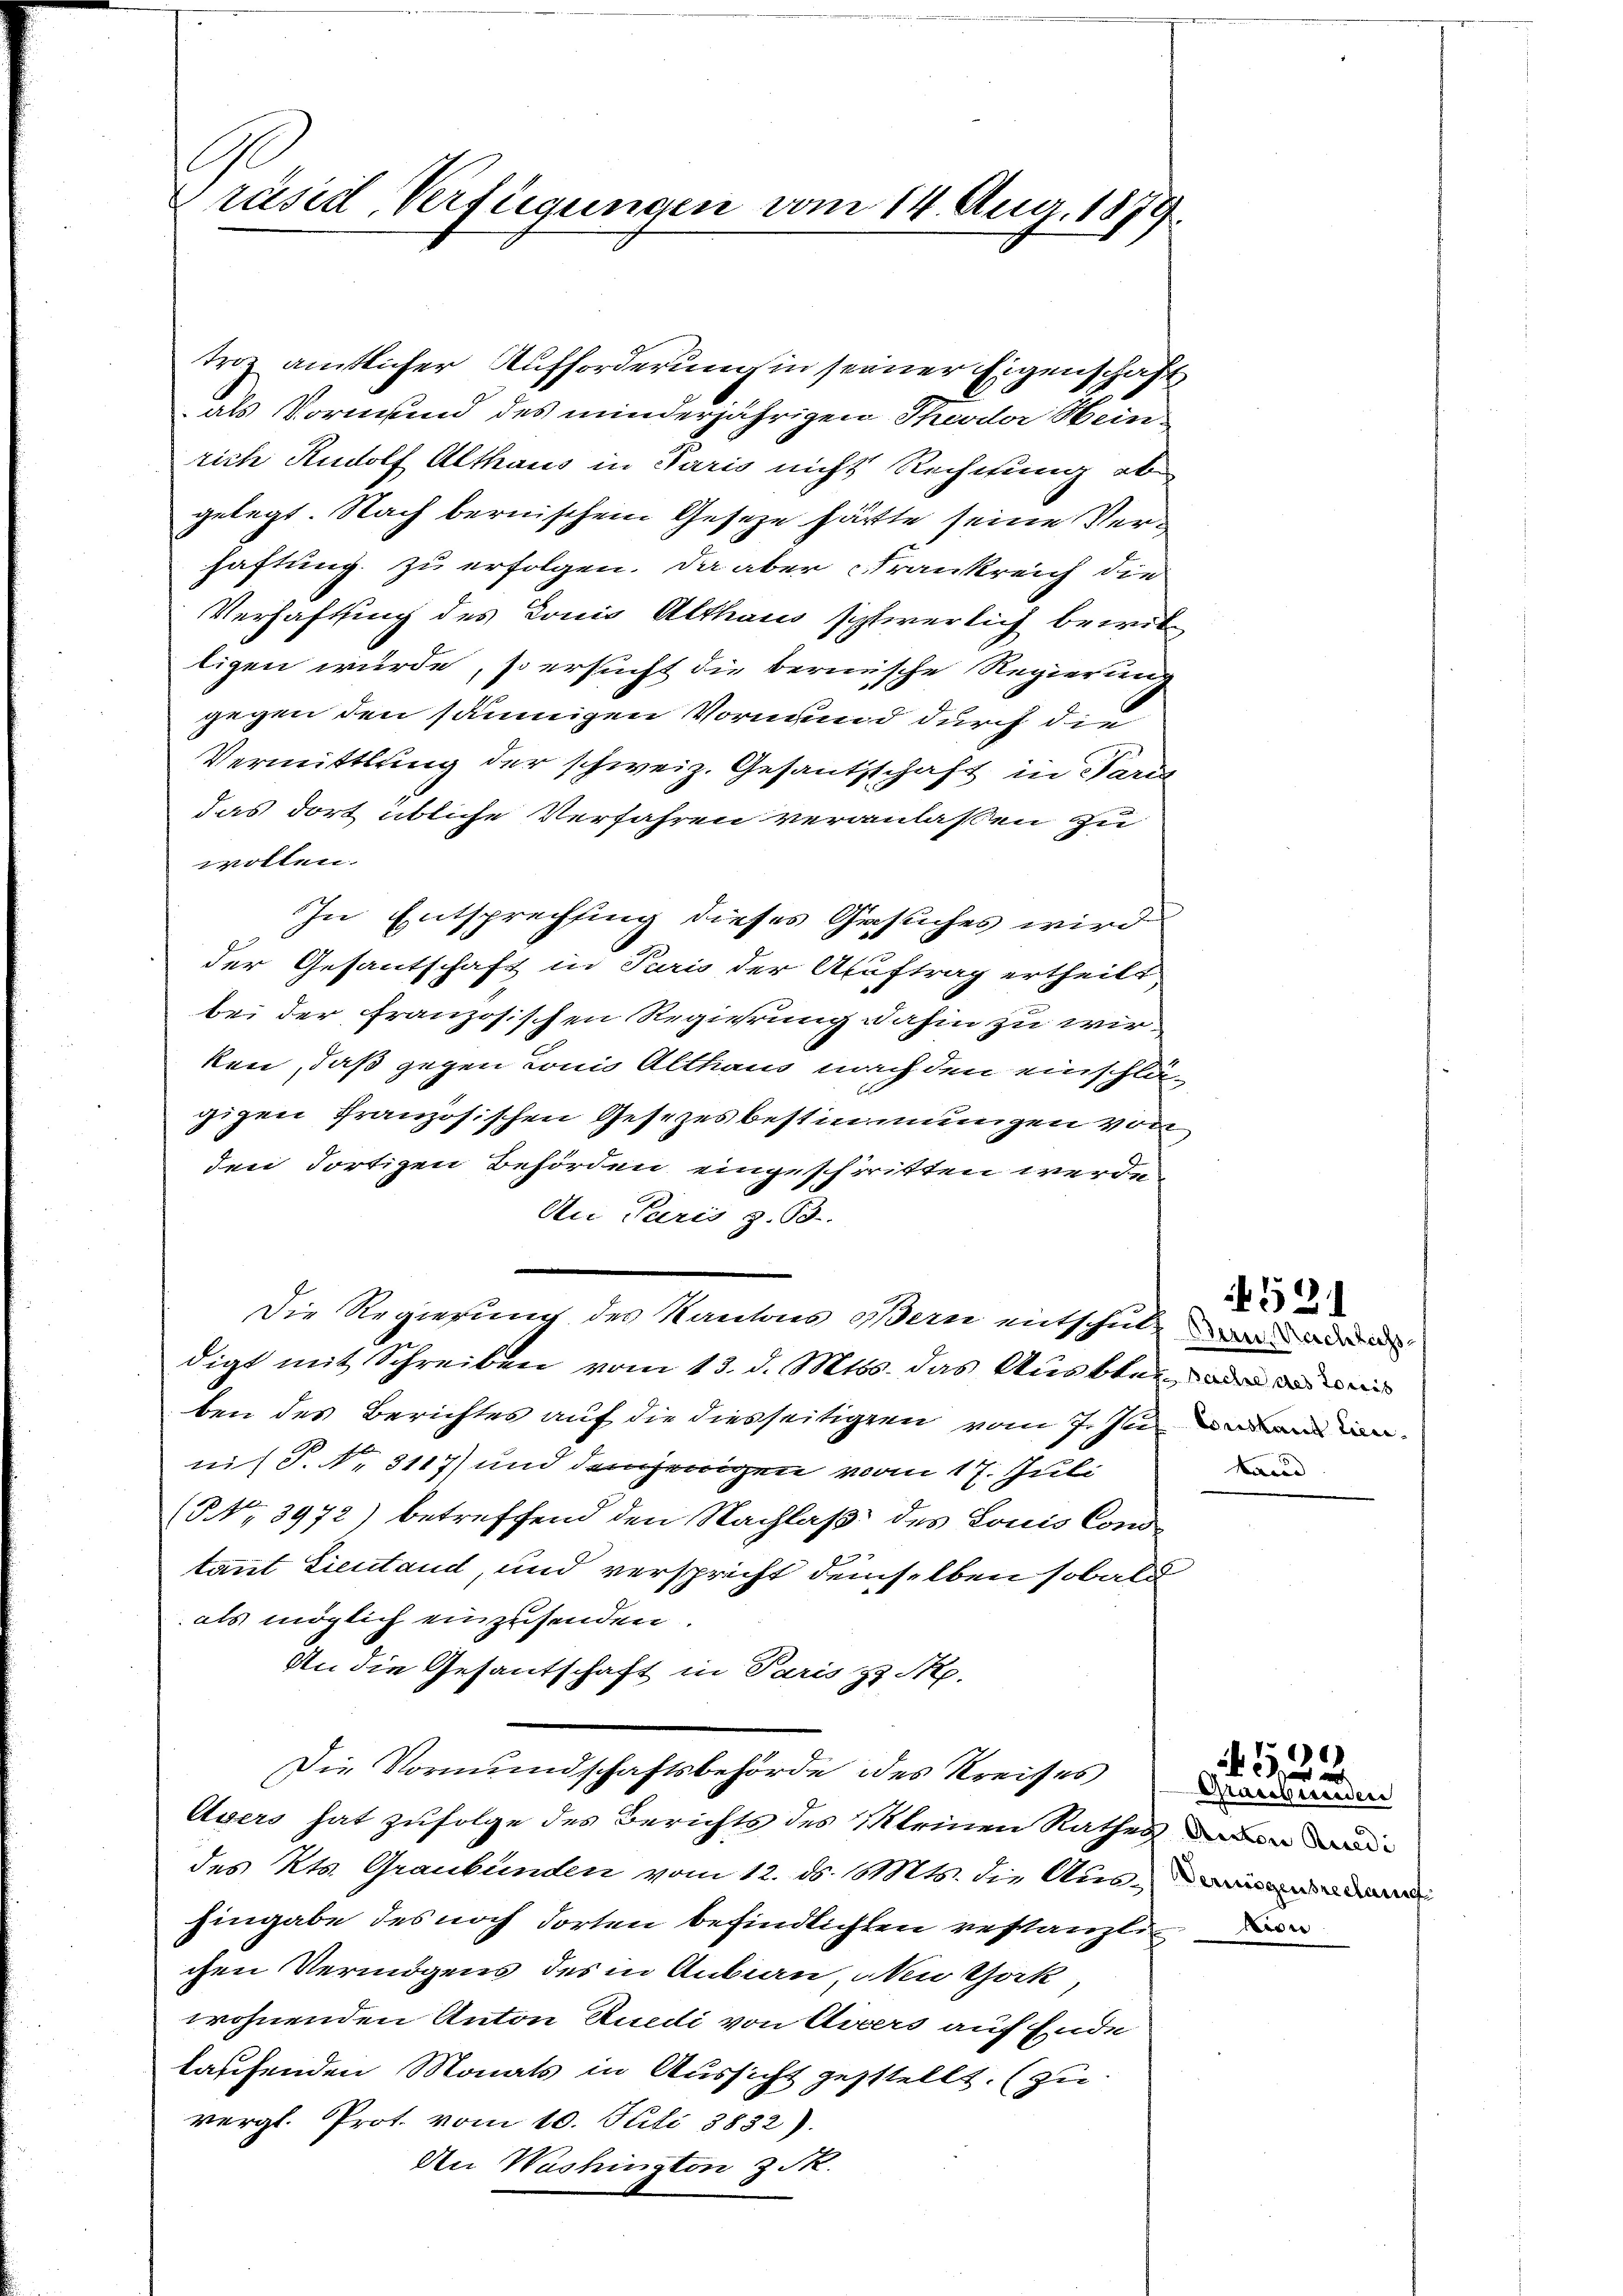
.
räsid. Verfügungen vom 14. Aug. 187,

Friz amtlicher Aufforderung in seiner Eigenschaft
als Vormund des minderjährigen Theodor Hein
rich Rudolf Althaus in Paris nicht Rechnung ab
gelegt. Nach bernischem Geseze hätte seine Verhaftung zu erfolgen. Da aber Frankreich die
Verhaftung des Lonis Althaus schwerlich bewilligen würde, so ersucht die berische Regierung
gegen den säumigen Vormund durch die
Vermittlung der schweiz. Gesantschaft in Paris
das dort übliche Verfahren veranlassen zu
wollen.
In Entsprechung dieses Gesuches wird
der Gesantschaft in Paris der Auftrag ertheilt
bei der französischen Regierung dahin zu wirken, daß gegen Lonio Althaus nach den einschlägigen Französischen Gesetzesbestimmungen von
den dortigen Behörden eingeschritten werde
An Paris z. B.
Die Regierung des Kantons Bern mitschule war ad a
digt mit Schreiben vom 13. d. Mts. das Ausblen, oder den
ben des Berichtes auf die diesseitigten vom 7. Ju
nis P. Nr. 3117) und denjenigen vom 17. Juli
(NNo. 3972) betreffend den Nachlaß des Louis Constant Lieutand, und verspricht demselben sobald
als möglich einzusenden.
An die Gesantschaft in Paris zu M.
Die Vormundschaftsbehörde des Kreises
Ayers hat zufolge des Berichts des Kleinen Rathes der
des Kts. Graubünden vom 12. d. Mts. die Ausweiss n
hingabe des noch dorten befindlichten gestanzli
chen Vermögens des in Anbau, den Gok,
wohnenden Anton Ruedi von Avers auf Ende
laschenden Monats in Aussicht gestellt. (zu
vergl. Prot. vom 10. Juli 3832).
An Washington z.

Constand Licietand

531

322

Grassbunden